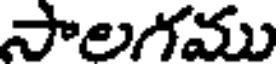
సాలగము